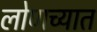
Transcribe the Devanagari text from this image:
लोणच्यात